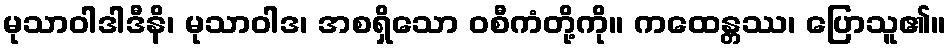
မုသာဝါဒါဒီနိ၊ မုသာဝါဒ၊ အစရှိသော ဝစီကံတို့ကို။ ကထေန္တဿ၊ ပြောသူ၏။